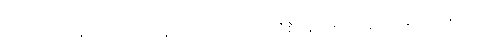
သတိသံဝရဖြင့်ပယ်အပ်ကုန်သော။ အာသဝါ၊ ယိုစီးခြင်းအာသဝေါတရားတို့သည်။